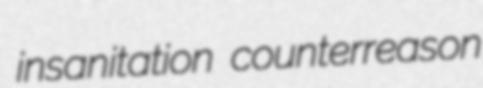
insanitation counterreason